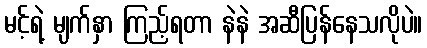
မင့်ရဲ့ မျက်နှာ ကြည့်ရတာ နဲနဲ အဆီပြန်နေသလိုပဲ။